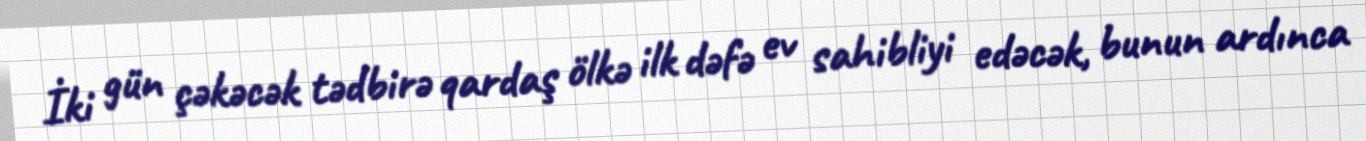
İki gün çəkəcək tədbirə qardaş ölkə ilk dəfə ev sahibliyi edəcək, bunun ardınca